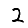
Digit: 2